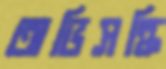
অভিসন্ধি